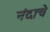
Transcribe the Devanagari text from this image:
नंदाचे